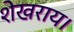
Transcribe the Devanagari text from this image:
शेखराय।